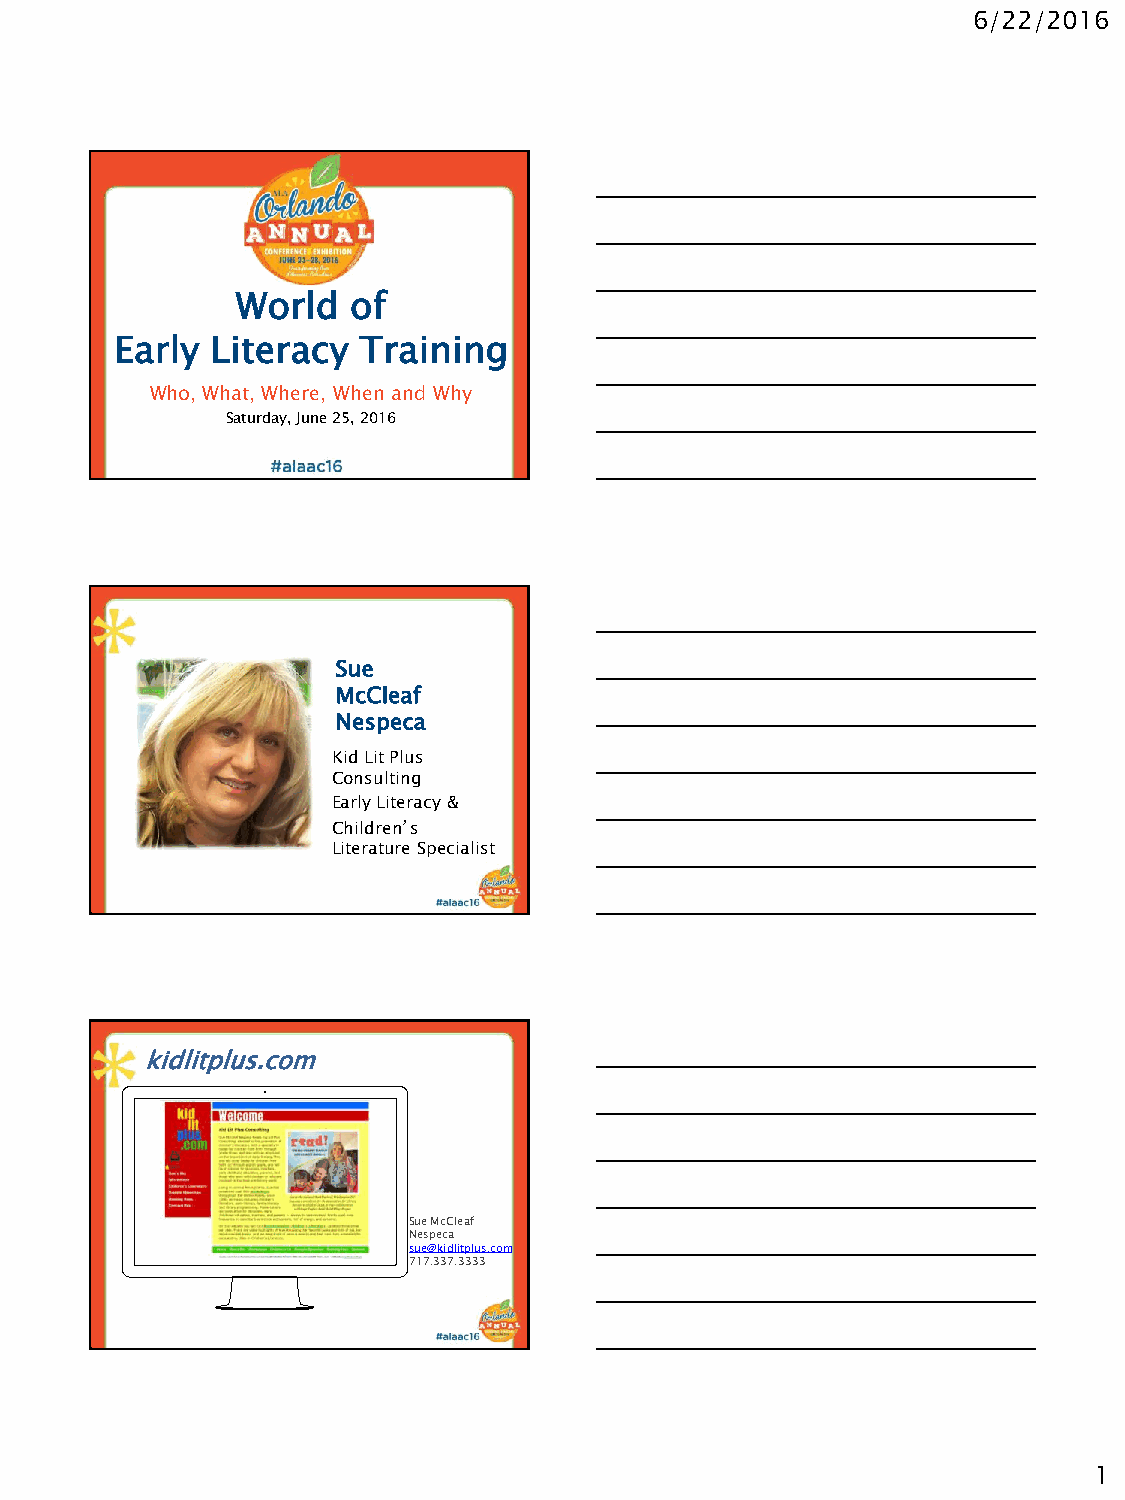
6/22/2016
 World  of
 Early Literacy  Training
 Who, What, Where, When and Why
 Saturday, June 25, 2016
 Sue
 McCleaf
 Nespeca
 Kid Lit Plus
 Consulting
 Early Literacy &
 Children’s
 Literature Specialist
 kidlitplus.com
 Sue McCleaf
 Nespeca
 sue@kidlitplus.com
 717.337.3333
 1